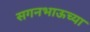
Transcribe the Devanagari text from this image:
सगनभाऊच्या